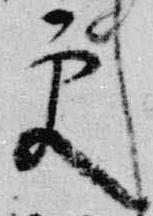
更